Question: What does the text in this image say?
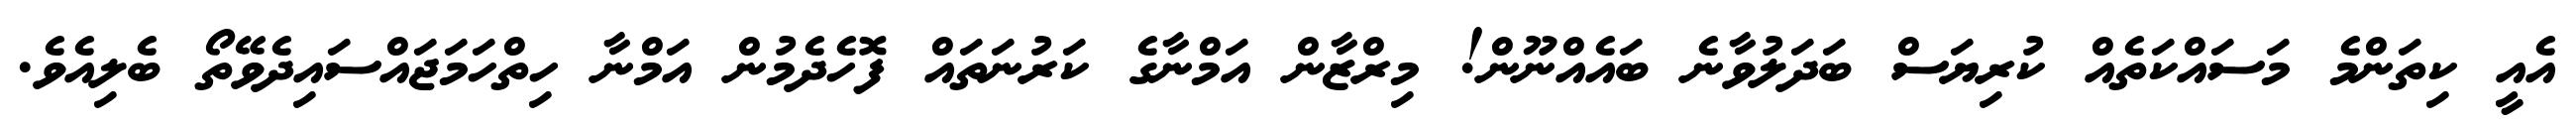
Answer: އެއީ ކިތަންމެ މަސައްކަތެއް ކުރިޔަސް ބަދަލުވާނެ ބައެއްނޫން! މިރްޒާން އަމްނާގެ ކަރުނަތައް ފޮހެދެމުން އަމްނާ ހިތްހަމަޖައްސައިދެވޭތޯ ބެލިއެވެ.